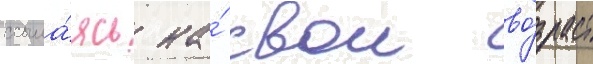
ссыла́ясь на́ свои во́зраст